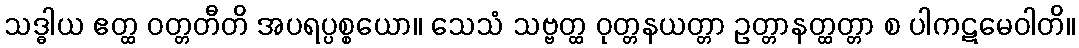
သဒ္ဓါယ ဧတ္ထ ဝတ္တတီတိ အပရပ္ပစ္စယော။ သေသံ သဗ္ဗတ္ထ ဝုတ္တနယတ္တာ ဥတ္တာနတ္ထတ္တာ စ ပါကဋမေဝါတိ။